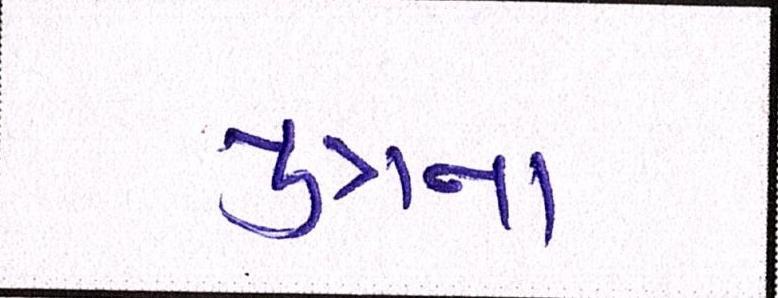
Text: પુત્રના